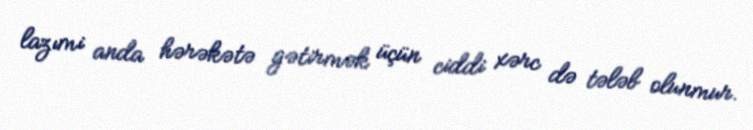
lazımi anda hərəkətə gətirmək üçün ciddi xərc də tələb olunmur.